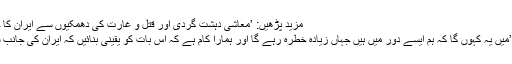
مزید پڑھیں: ’معاشی دہشت گردی اور قتل و غارت کی دھمکیوں سے ایران کا خاتمہ نہیں کیا جاسکتا‘
ان کا مزید کہنا تھا کہ ’میں یہ کہوں گا کہ ہم ایسے دور میں ہیں جہاں زیادہ خطرہ رہے گا اور ہمارا کام ہے کہ اس بات کو یقینی بنائیں کہ ایران کی جانب سے کوئی غلطی نہ ہو۔